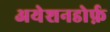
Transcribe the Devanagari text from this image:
अयेशनडोर्फ़